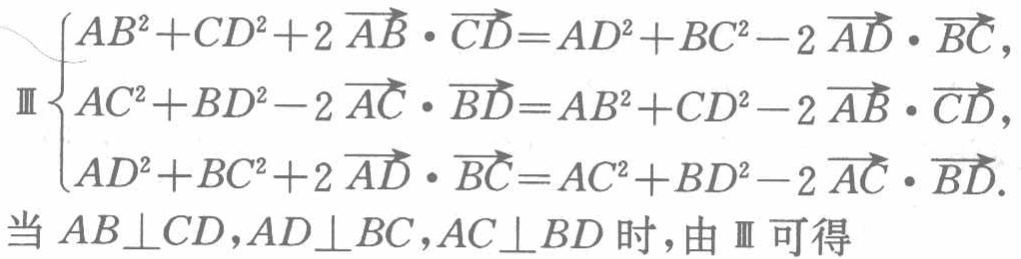
\[\begin{cases}
AB^{2}+CD^{2}+2\overrightarrow{AB}\cdot\overrightarrow{CD}=AD^{2}+BC^{2}-2\overrightarrow{AD}\cdot\overrightarrow{BC},\\
AC^{2}+BD^{2}-2\overrightarrow{AC}\cdot\overrightarrow{BD}=AB^{2}+CD^{2}-2\overrightarrow{AB}\cdot\overrightarrow{CD},\\
AD^{2}+BC^{2}+2\overrightarrow{AD}\cdot\overrightarrow{BC}=AC^{2}+BD^{2}-2\overrightarrow{AC}\cdot\overrightarrow{BD}.
\end{cases}\]
当 \(AB\perp CD,AD\perp BC,AC\perp BD\) 时，由 Ⅲ 可得